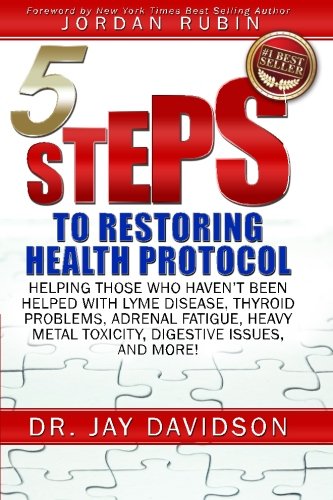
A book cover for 5 Steps to Restoring Health Protocol: Helping those who haven't been helped with Lyme Disease, Thyroid Problems, Adrenal Fatigue, Heavy Metal Toxicity, Digestive Issues, and More!; Jay Davidson; Health, Fitness & Dieting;